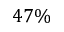
4 7 \%